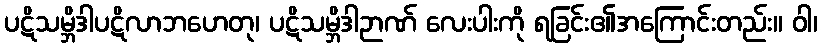
ပဋိသမ္ဘိဒါပဋိလာဘဟေတု၊ ပဋိသမ္ဘိဒါဉာဏ် လေးပါးကို ရခြင်း၏အကြောင်းတည်း။ ဝါ၊